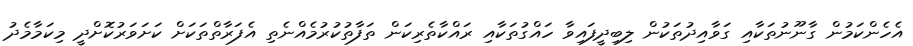
އެހެންކަމުން ގާނޫނުތަކާއި ގަވާއިދުތަކުން ލިބިދީފައިވާ ހައްގުތަކާއި ރައްކާތެރިކަން ތަފާތުކުރުމެއްނެތި އެފަރާތްތަކަށް ކަށަވަރުކޮށްދީ މިކަމާމެދު